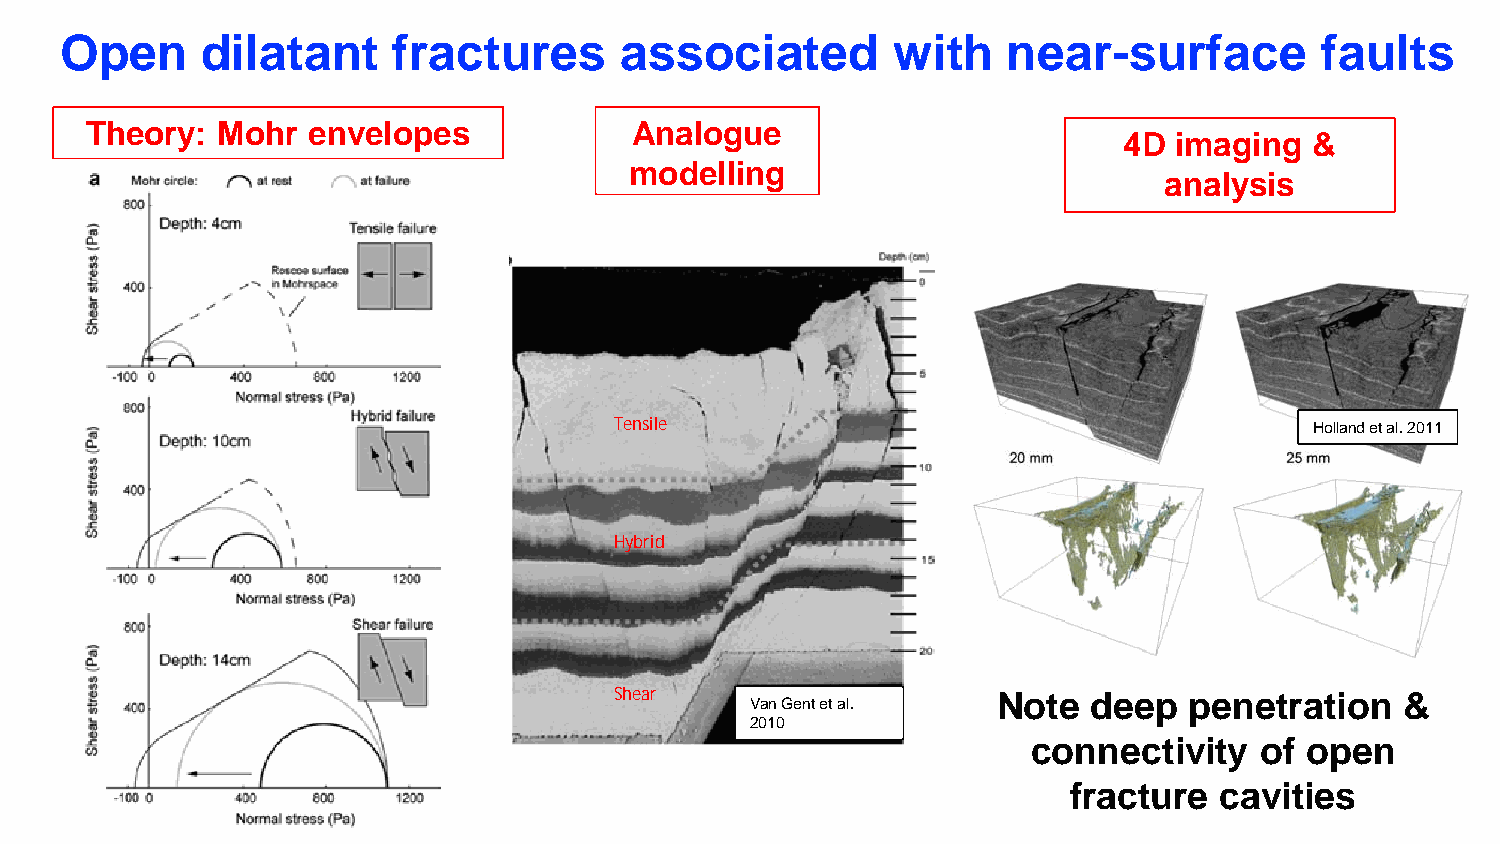
Open     dilatant     fractures      associated        with    near-surface        faults
 Theory: Mohr  envelopes             Analogue
 4D  imaging  &
 modelling
 analysis
 Tensile                                       Holland et al. 2011
 Hybrid
 Shear
 Van Gent et al. Note  deep   penetration   &
 2010
 connectivity   of open
 fracture  cavities